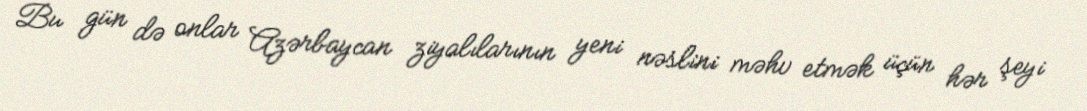
Bu gün də onlar Azərbaycan ziyalılarının yeni nəslini məhv etmək üçün hər şeyi